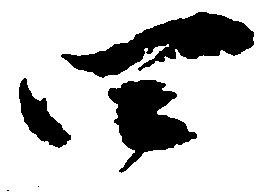
四